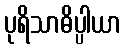
ပုရိသာဓိပ္ပါယာ